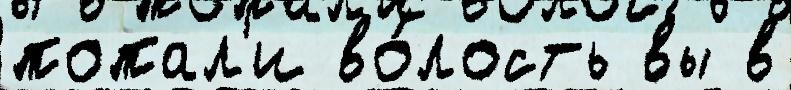
попал'и во́лость вы в